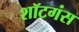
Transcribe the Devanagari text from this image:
शॉटगंस